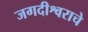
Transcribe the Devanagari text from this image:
जगदीश्वराचे